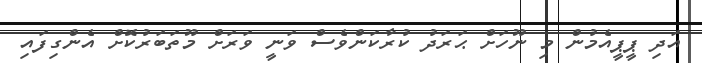
އަދި ޕީޕީއެމުން މި ނޫހަށް ޙަރަދު ކުރާކަންވެސް ވަނީ ވަރަށް މޫތަބަރުކޮށް އެންގިފައި